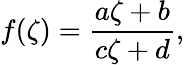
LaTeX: f(\zeta)={\frac{a\zeta+b}{c\zeta+d}},